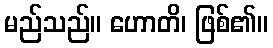
မည်သည်။ ဟောတိ၊ ဖြစ်၏။